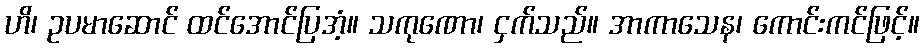
ဟိ၊ ဥပမာဆောင် ထင်အောင်ပြအံ့။ သကုဏော၊ ငှက်သည်။ အာကာသေန၊ ကောင်းကင်ဖြင့်။